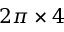
2 \pi \times 4